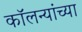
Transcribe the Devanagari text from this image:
कॉलन्यांच्या